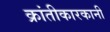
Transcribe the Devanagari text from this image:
क्रांतीकारकानी